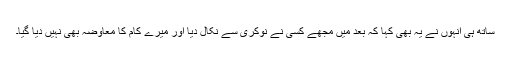
ساتھ ہی انہوں نے یہ بھی کہا کہ بعد میں مجھے کسی نے نوکری سے نکال دیا اور میرے کام کا معاوضہ بھی نہیں دیا گیا۔